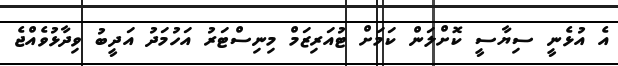
އެ އުޅެނީ ސިޔާސީ ކޮށްލަން ކަމަށް ޓުއަރިޒަމް މިނިސްޓަރު އަހުމަދު އަދީބު ވިދާޅުވެއްޖެ